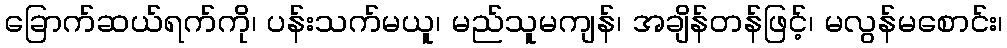
ခြောက်ဆယ်ရက်ကို၊ ပန်းသက်မယူ၊ မည်သူမကျန်၊ အချိန်တန်ဖြင့်၊ မလွန်မစောင်း၊